Annual report on the lock hospitals of the Madras Presidency
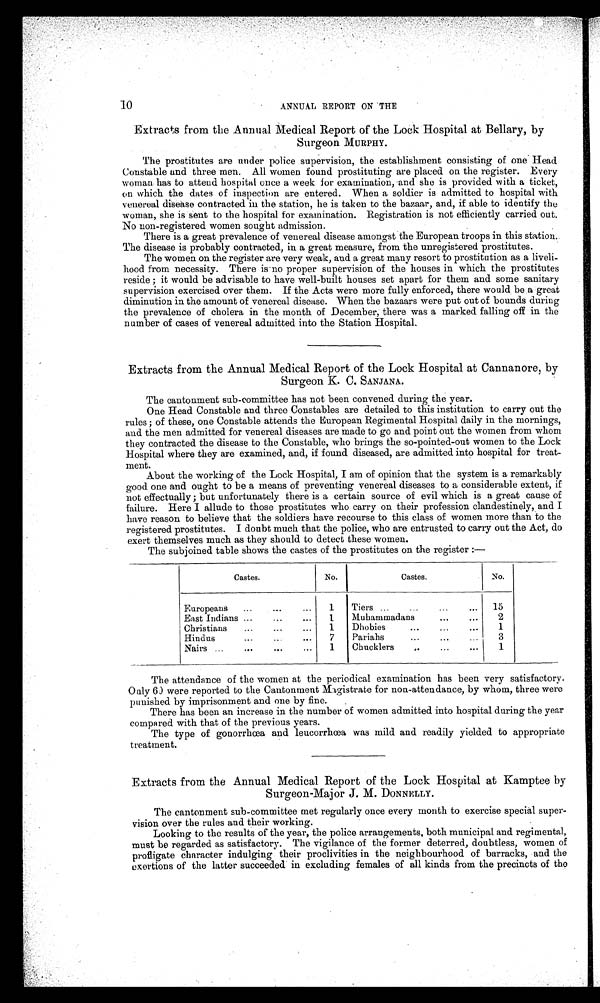
10
ANNUAL REPORT ON THE
Extracts from the Annual Medical Report of the Lock Hospital at Bellary, by
Surgeon MURPHY.
The prostitutes are under police supervision, the establishment consisting of one Head
Constable and three men. All women found prostituting are placed on the register. Every
woman has to attend hospital once a week for examination, and she is provided with a ticket,
on which the dates of inspection are entered. When a soldier is admitted to hospital with
venereal disease contracted in the station, he is taken to the bazaar, and, if able to identify the
woman, she is sent to the hospital for examination. Registration is not efficiently carried out.
No non-registered women sought admission.
There is a great prevalence of venereal disease amongst the European troops in this station..
The disease is probably contracted, in a great measure, from the unregistered prostitutes.
The women on the register are very weak, and a great many resort to prostitution as a liveli-
hood from necessity. There is no proper supervision of the houses in which the prostitutes
reside ; it would be advisable to have well-built houses set apart for them and some sanitary
supervision exercised over them. If the Acts were more fully enforced, there would be a great
diminution in the amount of venereal disease. When the bazaars were put out of bounds during
the prevalence of cholera in the month of December, there was a marked falling off in the
number of cases of venereal admitted into the Station Hospital.
Extracts from the Annual Medical Report of the Lock Hospital at Cannanore, by
Surgeon K. C. SANJANA.
The cantonment sub-committee has not been convened during the year.
One Head Constable and three Constables are detailed to this institution to carry out the
rules ; of these, one Constable attends the European Regimental Hospital daily in the mornings,
and the men admitted for venereal diseases are made to go and point out the women from whom
they contracted the disease to the Constable, who brings the so-pointed-out women to the Lock
Hospital where they are examined, and, if found diseased, are admitted into hospital for treat-
ment.
About the working of the Lock Hospital, I am of opinion that the system is a remarkably
good one and ought to be a means of preventing venereal diseases to a considerable extent, if
not effectually ; but unfortunately there is a certain source of evil which is a great cause of
failure. Here I allude to those prostitutes who carry on their profession clandestinely, and I
have reason to believe that the soldiers have recourse to this class of women more than to the
registered prostitutes. I doubt much that the police, who are entrusted to carry out the Act, do
exert themselves much as they should to detect these women.
The subjoined table shows the castes of the prostitutes on the register :—
Castes.
No.
Castes.
No.
Europeans ...
...
...
1 Tiers ...
...
... 15
East Indians ...
...
1
Muhammadans
...
...
2
Christians...
... ...
1
Dhobies
...
...
...
1
Hindus... ...
...
7 Pariahs
...
3
Nairs
...
...
...
...
1 Chucklers... ..
...
1
The attendance of the women at the periodical examination has been very satisfactory.
Only 6) were reported to the Cantonment Magistrate for non-attendance, by whom, three were
punished by imprisonment and one by fine.
There has been an increase in the number of women admitted into hospital during the year
compared with that of the previous years.
The type of gonorrhœa and leucorrhœa was mild and readily yielded to appropriate
treatment.
Extracts from the Annual Medical Report of the Lock Hospital at Kamptee by
Surgeon-Major J. M. DONNELLY.
The cantonment sub-committee met regularly once every month to exercise special super-
vision over the rules and their working.
Looking to the results of the year, the police arrangements, both municipal and regimental,
must be regarded as satisfactory. The vigilance of the former deterred, doubtless, women of
profligate character indulging their proclivities in the neighbourhood of barracks, and the
exertions of the latter succeeded in excluding females of all kinds from the precincts of the